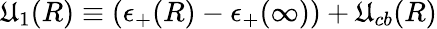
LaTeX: \mathfrak{U}_{1}(R)\equiv(\epsilon_{+}(R)-\epsilon_{+}(\infty))+\mathfrak{U}_{cb}(R)